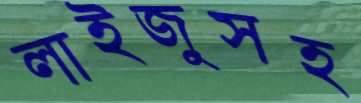
লাইজুসহ